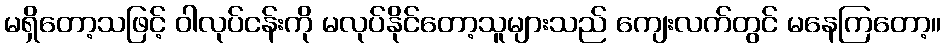
မရှိတော့သဖြင့် ဝါလုပ်ငန်းကို မလုပ်နိုင်တော့သူများသည် ကျေးလက်တွင် မနေကြတော့။